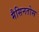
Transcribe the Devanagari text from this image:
मैसिनतोस